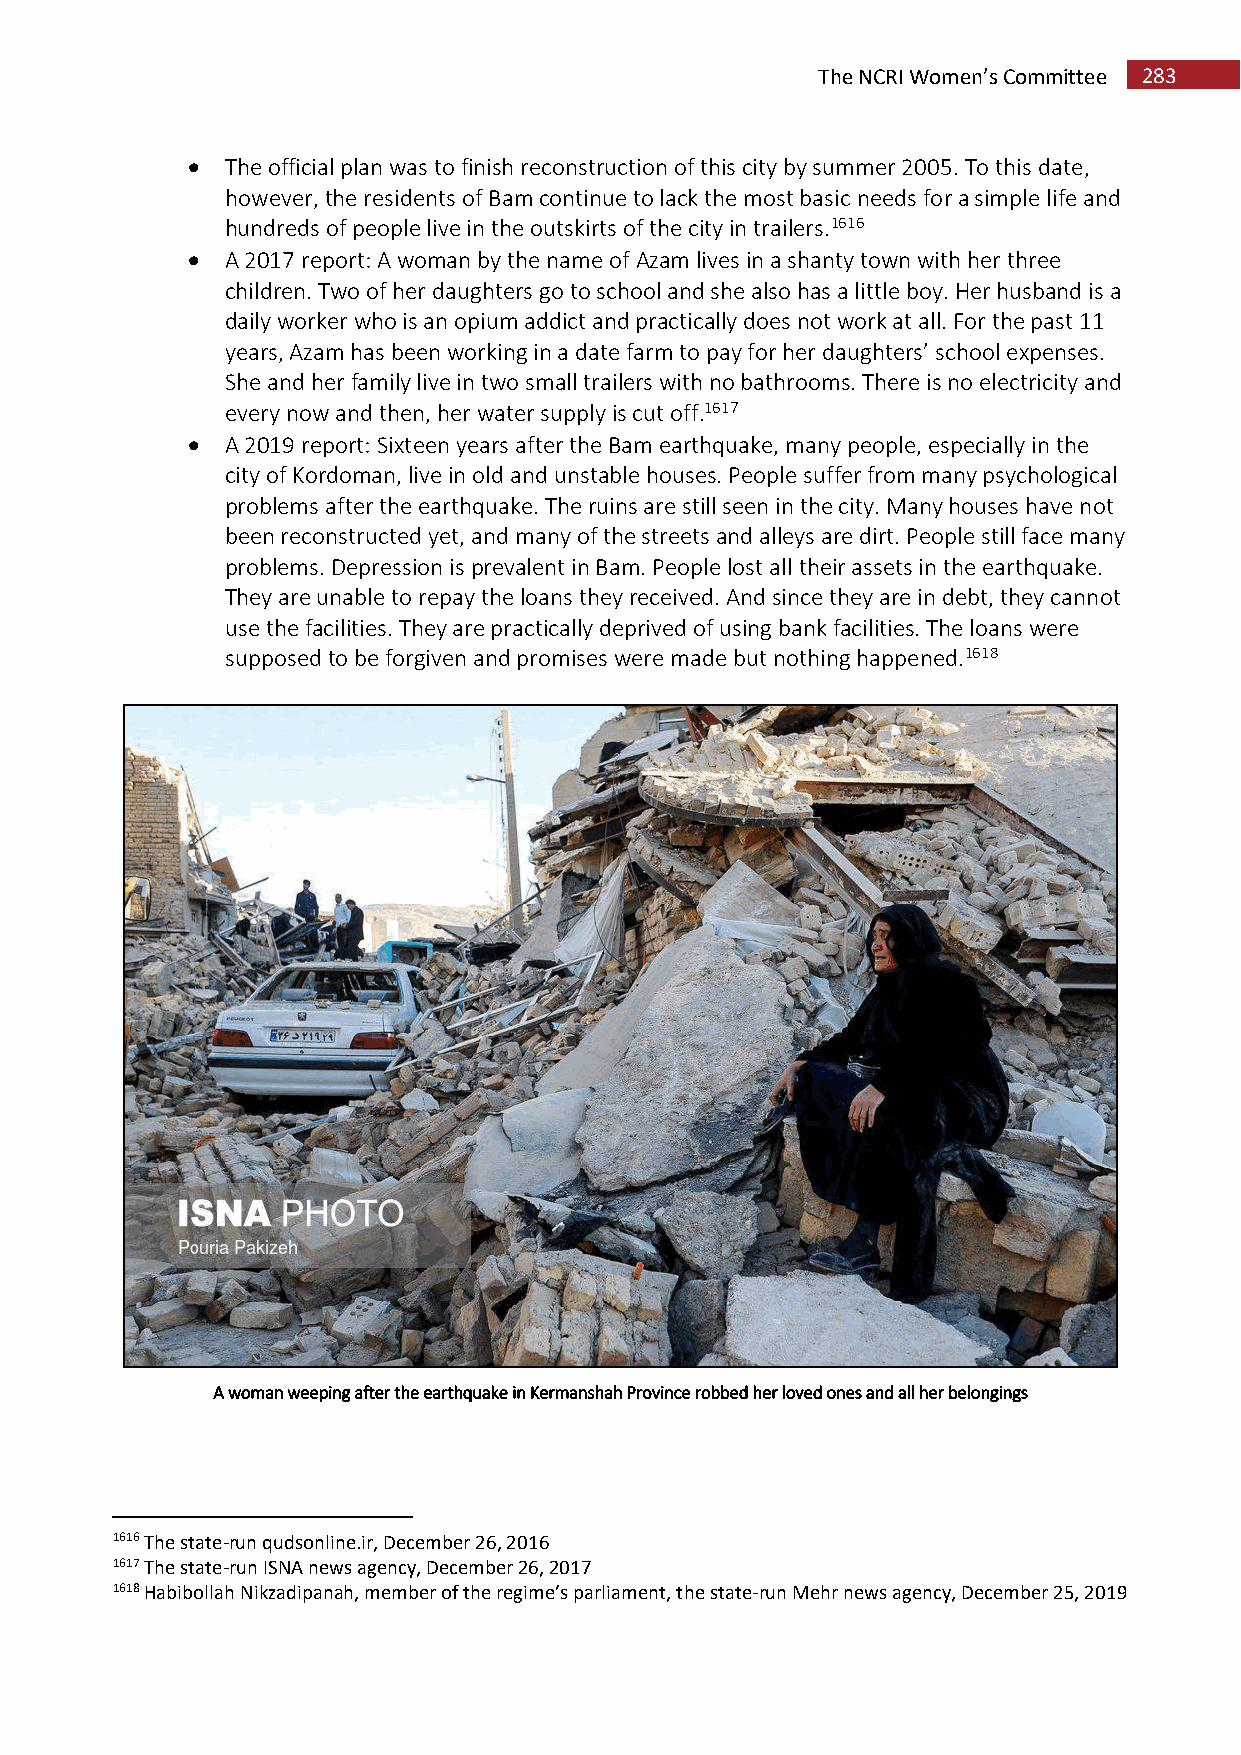
The NCRI Women’s Committee 283
   The official plan was to finish reconstruction of this city by summer 2005. To this date,
 however, the residents of Bam continue to lack the most basic needs for a simple life and
 hundreds of people live in the outskirts of the city in trailers.1616
   A 2017 report: A woman by the name of Azam lives in a shanty town with her three
 children. Two of her daughters go to school and she also has a little boy. Her husband is a
 daily worker who is an opium addict and practically does not work at all. For the past 11
 years, Azam has been working in a date farm to pay for her daughters’ school expenses.
 She and her family live in two small trailers with no bathrooms. There is no electricity and
 every now and then, her water supply is cut off.1617
   A 2019 report: Sixteen years after the Bam earthquake, many people, especially in the
 city of Kordoman, live in old and unstable houses. People suffer from many psychological
 problems after the earthquake. The ruins are still seen in the city. Many houses have not
 been reconstructed yet, and many of the streets and alleys are dirt. People still face many
 problems. Depression is prevalent in Bam. People lost all their assets in the earthquake.
 They are unable to repay the loans they received. And since they are in debt, they cannot
 use the facilities. They are practically deprived of using bank facilities. The loans were
 supposed to be forgiven and promises were made but nothing happened.1618
 A woman weeping after the earthquake in Kermanshah Province robbed her loved ones and all her belongings
 1616 The state-run qudsonline.ir, December 26, 2016
 1617 The state-run ISNA news agency, December 26, 2017
 1618 Habibollah Nikzadipanah, member of the regime’s parliament, the state-run Mehr news agency, December 25, 2019